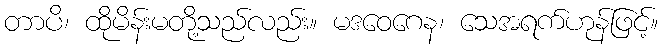
တာပိ၊ ထိုမိန်းမတို့သည်လည်း။ မဒဝေဂေန၊ သေအရက်ဟုန်ဖြင့်။